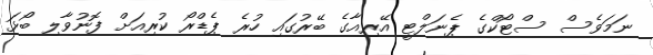
ނަމަވެސް ސްޓޯކްގެ ޕެނަލްޓީ އޭރިއާގެ ބޭރުގައި ހުރެ ޕެޑްރޯ ކުރިއަށް ފޮނުވާލި ބޯޅަ